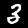
Digit: 3